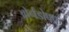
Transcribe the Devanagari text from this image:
ओर्नडोर्फ्फ़